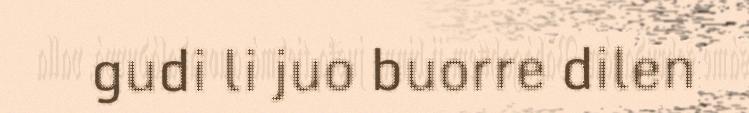
gudi li juo buorre dilen